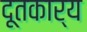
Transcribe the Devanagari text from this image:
दूतकार्य